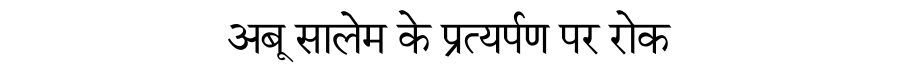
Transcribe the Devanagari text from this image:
अबू सालेम के प्रत्यर्पण पर रोक